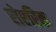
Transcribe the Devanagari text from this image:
रोएरिक